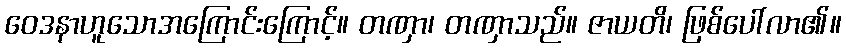
ဝေဒနာဟူသောအကြောင်းကြောင့်။ တဏှာ၊ တဏှာသည်။ ဇာယတိ၊ ဖြစ်ပေါ်လာ၏။